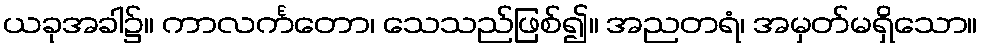
ယခုအခါ၌။ ကာလင်္ကတော၊ သေသည်ဖြစ်၍။ အညတရံ၊ အမှတ်မရှိသော။